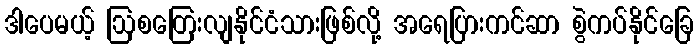
ဒါပေမယ့် ဩစတြေးလျနိုင်ငံသားဖြစ်လို့ အရေပြားကင်ဆာ စွဲကပ်နိုင်ခြေ